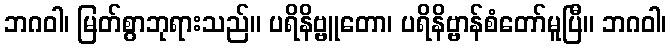
ဘဂဝါ၊ မြတ်စွာဘုရားသည်။ ပရိနိဗ္ဗူတော၊ ပရိနိဗ္ဗာန်စံတော်မူပြီ။ ဘဂဝါ၊